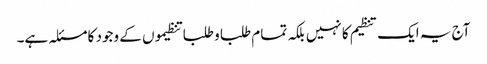
آج یہ ایک تنظیم کا نہیں بلکہ تمام طلبا و طلبا تنظیموں کے وجود کا مسئلہ ہے۔